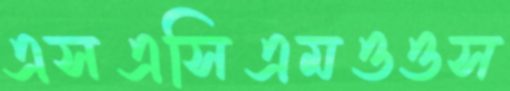
এসএসিএমওওস